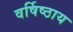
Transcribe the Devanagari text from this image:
वर्षिष्ठाय